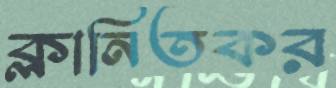
ক্লানিতকর